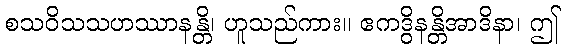
စသဝိသသဟဿာနန္တိ၊ ဟူသည်ကား။ ဧကဒွိနန္တိအာဒိနာ၊ ဤ